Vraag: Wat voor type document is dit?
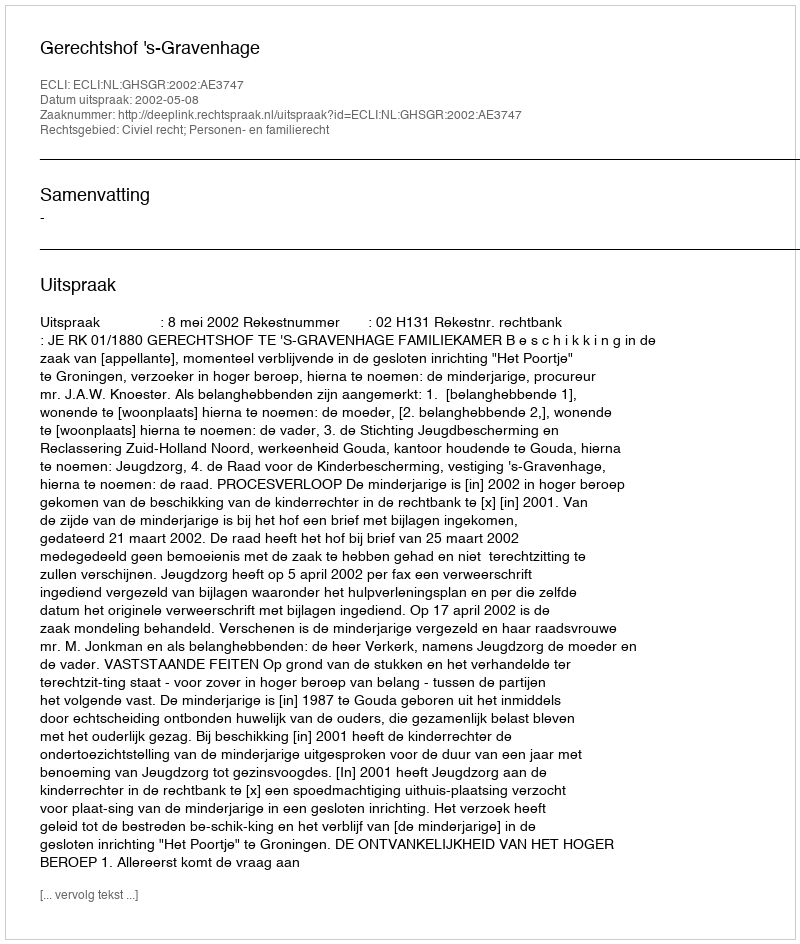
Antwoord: Uitspraak